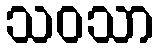
သဝသာ